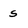
Character: s